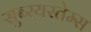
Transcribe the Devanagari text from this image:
सुब्स्यस्तेम्स